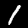
Digit: 1